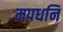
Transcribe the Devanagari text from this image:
मपधनि